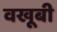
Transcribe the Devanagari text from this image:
वखूबी